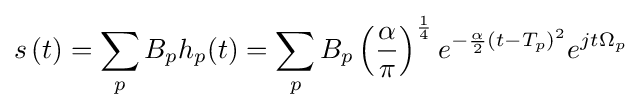
s\left(t\right)=\sum _{p}B_{p}h_{p}(t)=\sum _{p}B_{p}\left({\frac {\alpha }{\pi }}\right)^{\frac {1}{4}}e^{-{\frac {\alpha }{2}}(t-T_{p})^{2}}e^{jt\Omega _{p}}